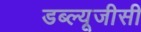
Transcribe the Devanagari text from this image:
डब्ल्यूजीसी